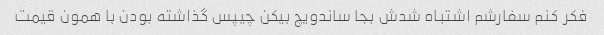
فکر کنم سفارشم اشتباه شدش بجا ساندویچ بیکن چیپس گذاشته بودن با همون قیمت